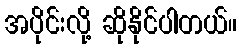
အပိုင်းလို့ ဆိုနိုင်ပါတယ်။